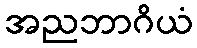
အညဘာဂိယံ